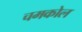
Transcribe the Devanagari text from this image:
चमकोल